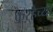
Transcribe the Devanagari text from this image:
कऱ्हेच्या